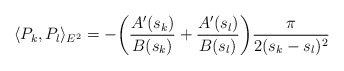
\begin{align*} \langle P_k,P_l \rangle_{E^2} = -\bigg( \frac{A'(s_k)}{B(s_k)} + \frac{A'(s_l)}{B(s_l)}\bigg)\frac{\pi}{2(s_k-s_l)^2}\end{align*}